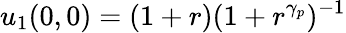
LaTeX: u_{1}(0,0)=(1+r)(1+r^{\gamma_{p}})^{-1}